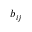
b _ { i j }